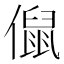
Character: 𠏙